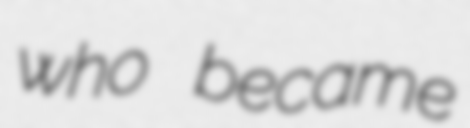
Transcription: who became